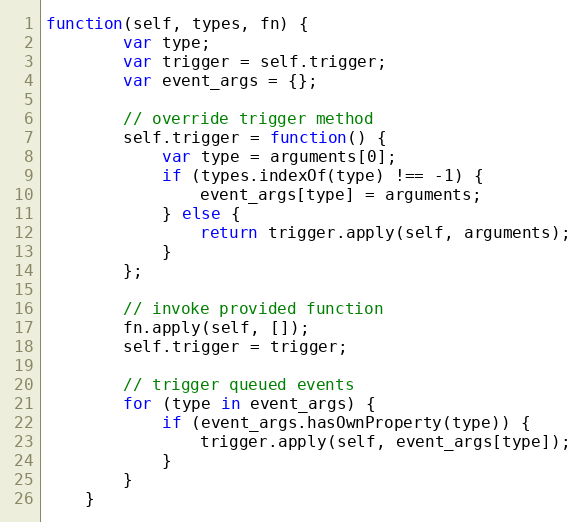
Language: JavaScript
function(self, types, fn) {
		var type;
		var trigger = self.trigger;
		var event_args = {};

		// override trigger method
		self.trigger = function() {
			var type = arguments[0];
			if (types.indexOf(type) !== -1) {
				event_args[type] = arguments;
			} else {
				return trigger.apply(self, arguments);
			}
		};

		// invoke provided function
		fn.apply(self, []);
		self.trigger = trigger;

		// trigger queued events
		for (type in event_args) {
			if (event_args.hasOwnProperty(type)) {
				trigger.apply(self, event_args[type]);
			}
		}
	}